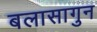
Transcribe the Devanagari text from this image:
बलासागुन